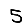
Digit: 5